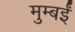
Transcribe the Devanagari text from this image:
मुम्बईं